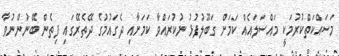
މަސައްކަތްކުރުމަކީ މައްސަލައެއް ކަމަށް ގަބޫލުފުޅު ނުކުރައްވާ ކަމަށާއި ދެގައުމުގެ ދޭތެރޭގައި ފިތެން ބޭނުންނުވާ